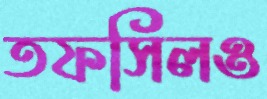
তফসিলও